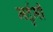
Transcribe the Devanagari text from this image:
मर्दुमी